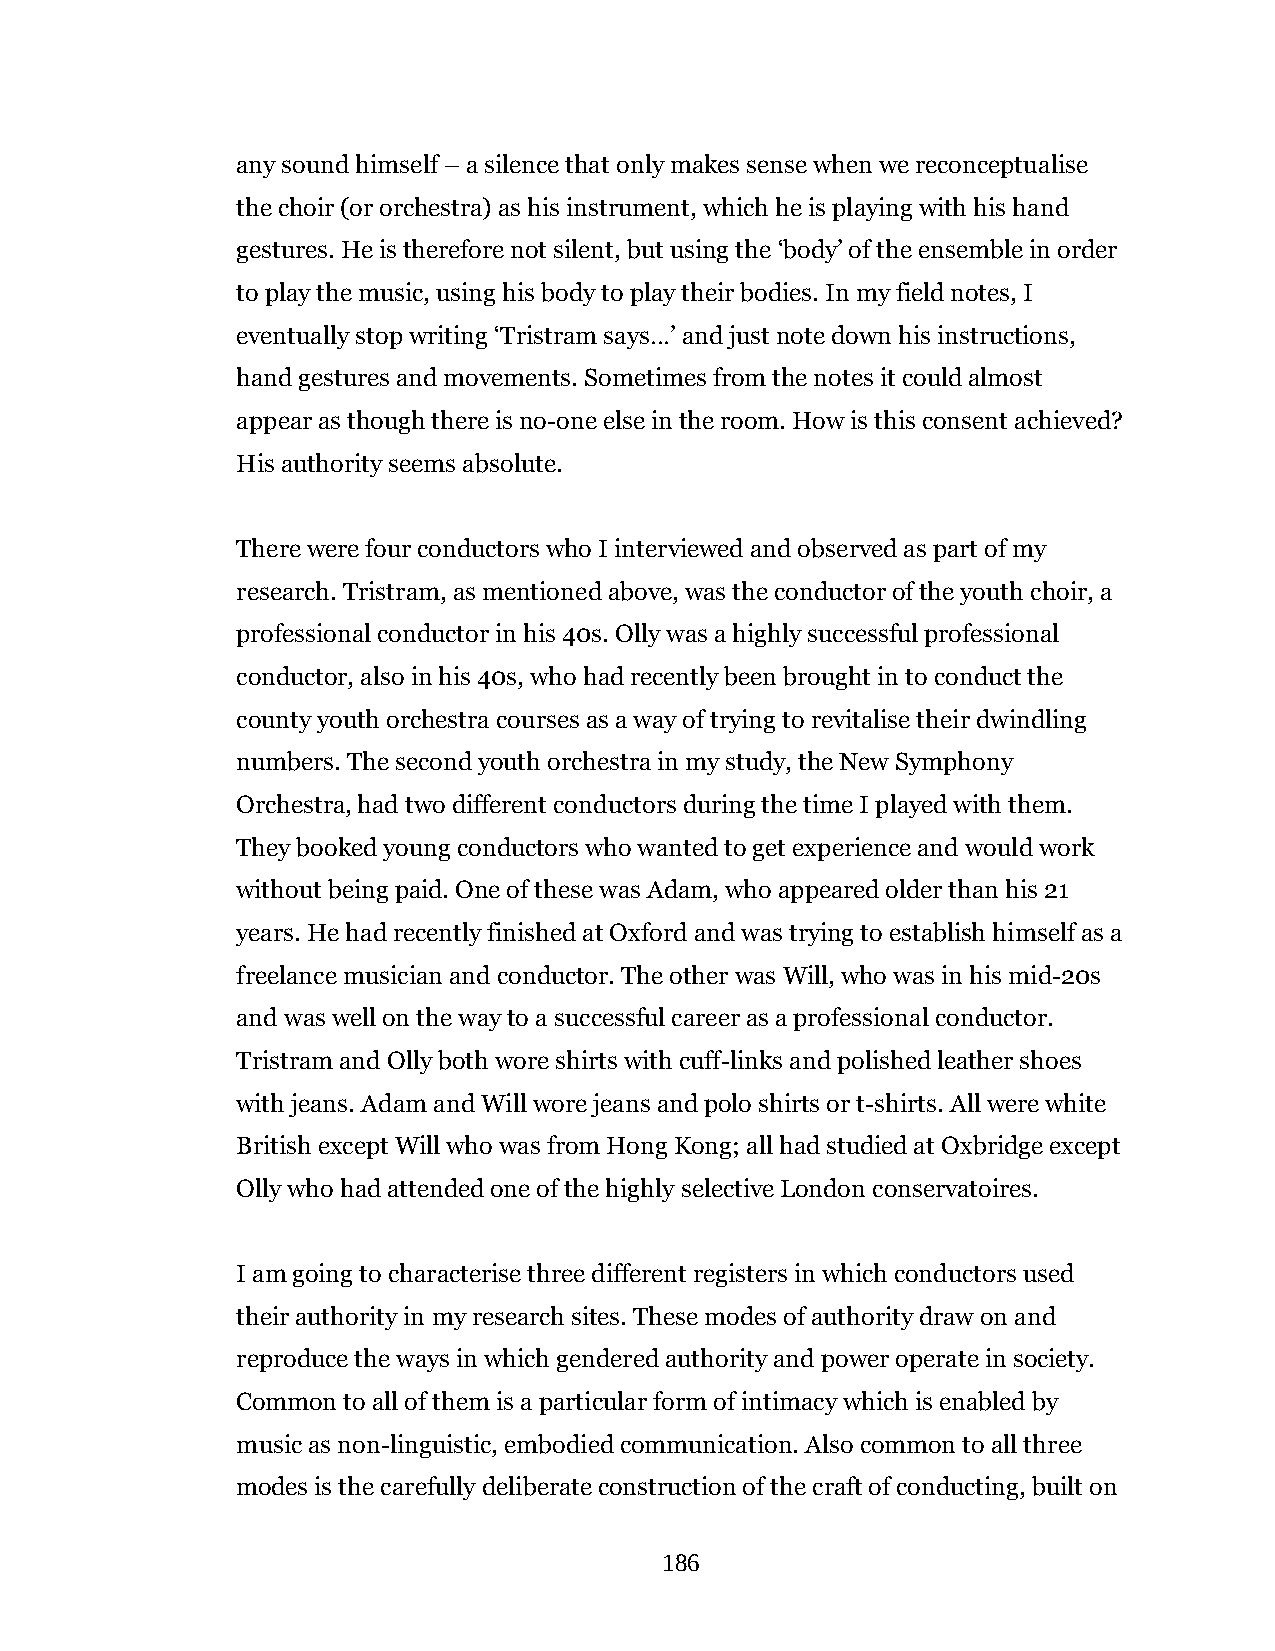
any sound himself – a silence that only makes sense when we reconceptualise
 the choir (or orchestra) as his instrument, which he is playing with his hand
 gestures. He is therefore not silent, but using the ‘body’ of the ensemble in order
 to play the music, using his body to play their bodies. In my field notes, I
 eventually stop writing ‘Tristram says…’ and just note down his instructions,
 hand gestures and movements. Sometimes from the notes it could almost
 appear as though there is no-one else in the room. How is this consent achieved?
 His authority seems absolute.
 There were four conductors who I interviewed and observed as part of my
 research. Tristram, as mentioned above, was the conductor of the youth choir, a
 professional conductor in his 40s. Olly was a highly successful professional
 conductor, also in his 40s, who had recently been brought in to conduct the
 county youth orchestra courses as a way of trying to revitalise their dwindling
 numbers. The second youth orchestra in my study, the New Symphony
 Orchestra, had two different conductors during the time I played with them.
 They booked young conductors who wanted to get experience and would work
 without being paid. One of these was Adam, who appeared older than his 21
 years. He had recently finished at Oxford and was trying to establish himself as a
 freelance musician and conductor. The other was Will, who was in his mid-20s
 and was well on the way to a successful career as a professional conductor.
 Tristram and Olly both wore shirts with cuff-links and polished leather shoes
 with jeans. Adam and Will wore jeans and polo shirts or t-shirts. All were white
 British except Will who was from Hong Kong; all had studied at Oxbridge except
 Olly who had attended one of the highly selective London conservatoires.
 I am going to characterise three different registers in which conductors used
 their authority in my research sites. These modes of authority draw on and
 reproduce the ways in which gendered authority and power operate in society.
 Common to all of them is a particular form of intimacy which is enabled by
 music as non-linguistic, embodied communication. Also common to all three
 modes is the carefully deliberate construction of the craft of conducting, built on
 186